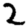
Digit: 2